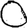
Digit: 0